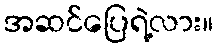
အဆင်ပြေရဲ့လား။